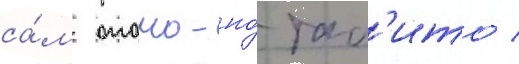
са́м отомо-но́ таб'ито /